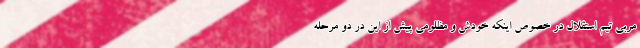
مربی تیم استقلال در خصوص اینکه خودش و مظلومی پیش از این در دو مرحله